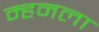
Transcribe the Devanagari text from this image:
म्हनला